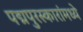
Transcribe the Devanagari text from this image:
पद्मपुरस्कारांमध्ये